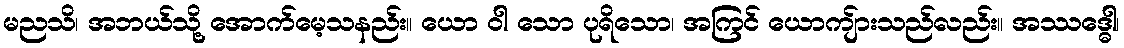
မညသိ၊ အဘယ်သို့ အောက်မေ့သနည်း။ ယော ဝါ သော ပုရိသော၊ အကြင် ယောကျ်ားသည်လည်း။ အဿဒ္ဓေါ၊